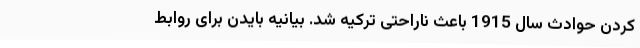
کردن حوادث سال 1915 باعث ناراحتی ترکیه شد. بیانیه بایدن برای روابط